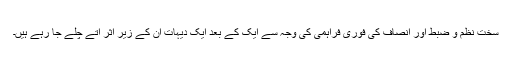
سخت نظم و ضبط اور انصاف کی فوری فراہمی کی وجہ سے ایک کے بعد ایک دیہات ان کے زیر اثر آتے چلے جا رہے ہیں۔